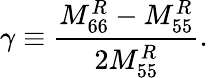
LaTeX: \gamma\equiv\frac{M_{66}^{R}-M_{55}^{R}}{2M_{55}^{R}}.